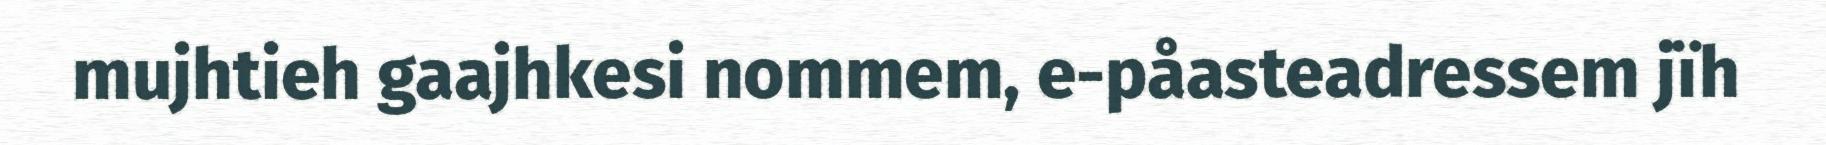
mujhtieh gaajhkesi nommem, e-påasteadressem jïh